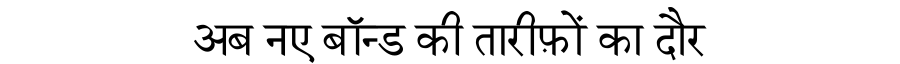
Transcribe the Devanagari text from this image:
अब नए बॉन्ड की तारीफ़ों का दौर